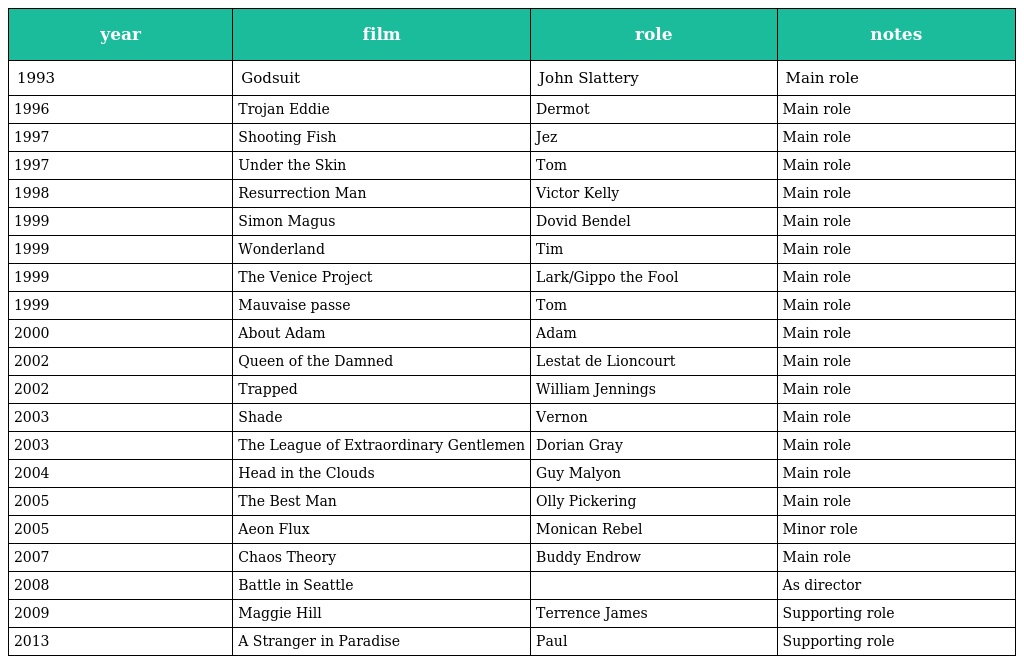
| year | film | role | notes |
 | --- | --- | --- | --- |
 | 1993 | Godsuit | John Slattery | Main role |
 | 1996 | Trojan Eddie | Dermot | Main role |
 | 1997 | Shooting Fish | Jez | Main role |
 | 1997 | Under the Skin | Tom | Main role |
 | 1998 | Resurrection Man | Victor Kelly | Main role |
 | 1999 | Simon Magus | Dovid Bendel | Main role |
 | 1999 | Wonderland | Tim | Main role |
 | 1999 | The Venice Project | Lark/Gippo the Fool | Main role |
 | 1999 | Mauvaise passe | Tom | Main role |
 | 2000 | About Adam | Adam | Main role |
 | 2002 | Queen of the Damned | Lestat de Lioncourt | Main role |
 | 2002 | Trapped | William Jennings | Main role |
 | 2003 | Shade | Vernon | Main role |
 | 2003 | The League of Extraordinary Gentlemen | Dorian Gray | Main role |
 | 2004 | Head in the Clouds | Guy Malyon | Main role |
 | 2005 | The Best Man | Olly Pickering | Main role |
 | 2005 | Aeon Flux | Monican Rebel | Minor role |
 | 2007 | Chaos Theory | Buddy Endrow | Main role |
 | 2008 | Battle in Seattle |  | As director |
 | 2009 | Maggie Hill | Terrence James | Supporting role |
 | 2013 | A Stranger in Paradise | Paul | Supporting role |